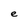
Character: e